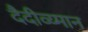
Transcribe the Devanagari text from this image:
दैदीव्य्मान